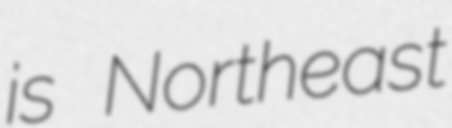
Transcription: is Northeast